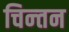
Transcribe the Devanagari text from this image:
चिन्‍तन